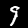
Digit: 9